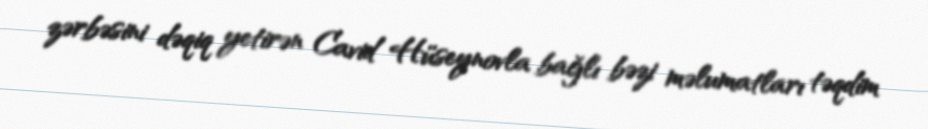
zərbəsini dəqiq yetirən Cavid Hüseynovla bağlı bəzi məlumatları təqdim